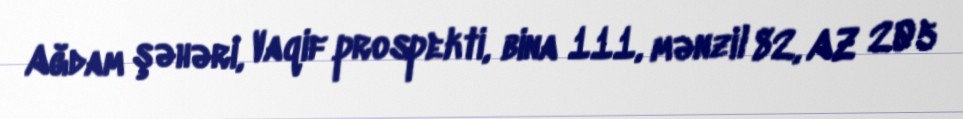
Ağdam şəhəri, Vaqif prospekti, bina 111, mənzil 82, AZ 205